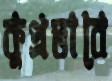
কুপ্রভাবে